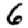
Digit: 6